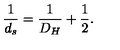
\frac { 1 } { d _ { s } } = \frac { 1 } { D _ { H } } + \frac { 1 } { 2 } .